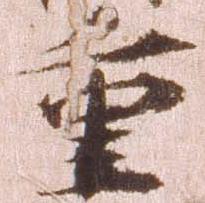
重